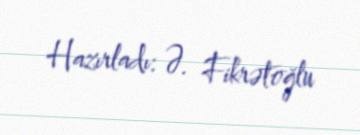
Hazırladı: Ə. Fikrətoğlu